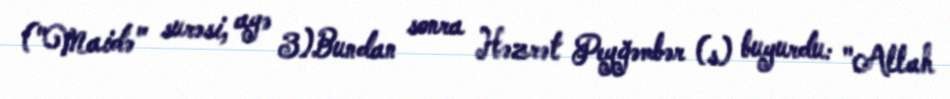
("Maidə" surəsi, ayə 3)Bundan sonra Həzrət Peyğəmbər (s) buyurdu: "Allah